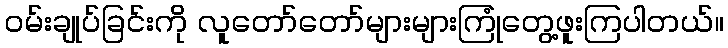
ဝမ်းချုပ်ခြင်းကို လူတော်တော်များများကြုံတွေ့ဖူးကြပါတယ်။